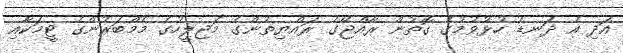
އަދި އެ ދަނޑު ހުޅުވުމުގެ ގޮތުން ރާއްޖޭގެ ރައްޔިތުންގެ މަޖިލީހުގެ މެމްބަރުންގެ ޓީމަކާއި